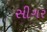
સીગર